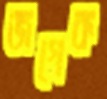
জগেক